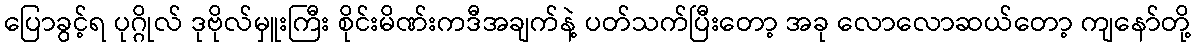
ပြောခွင့်ရ ပုဂ္ဂိုလ် ဒုဗိုလ်မှူးကြီး စိုင်းမိဏ်းကဒီအချက်နဲ့ ပတ်သက်ပြီးတော့ အခု လောလောဆယ်တော့ ကျနော်တို့